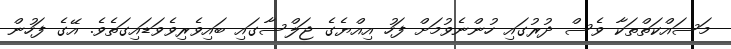
މަސައްކަތްތަކާ ވެސް ދުރުގައި ހުންނެވުމަށް ފަހު އިއްޔެގެ ޖަލްސާގައި ބައިވެރިވެވަޑައިގަތެވެ. އޭގެ ފަހުން